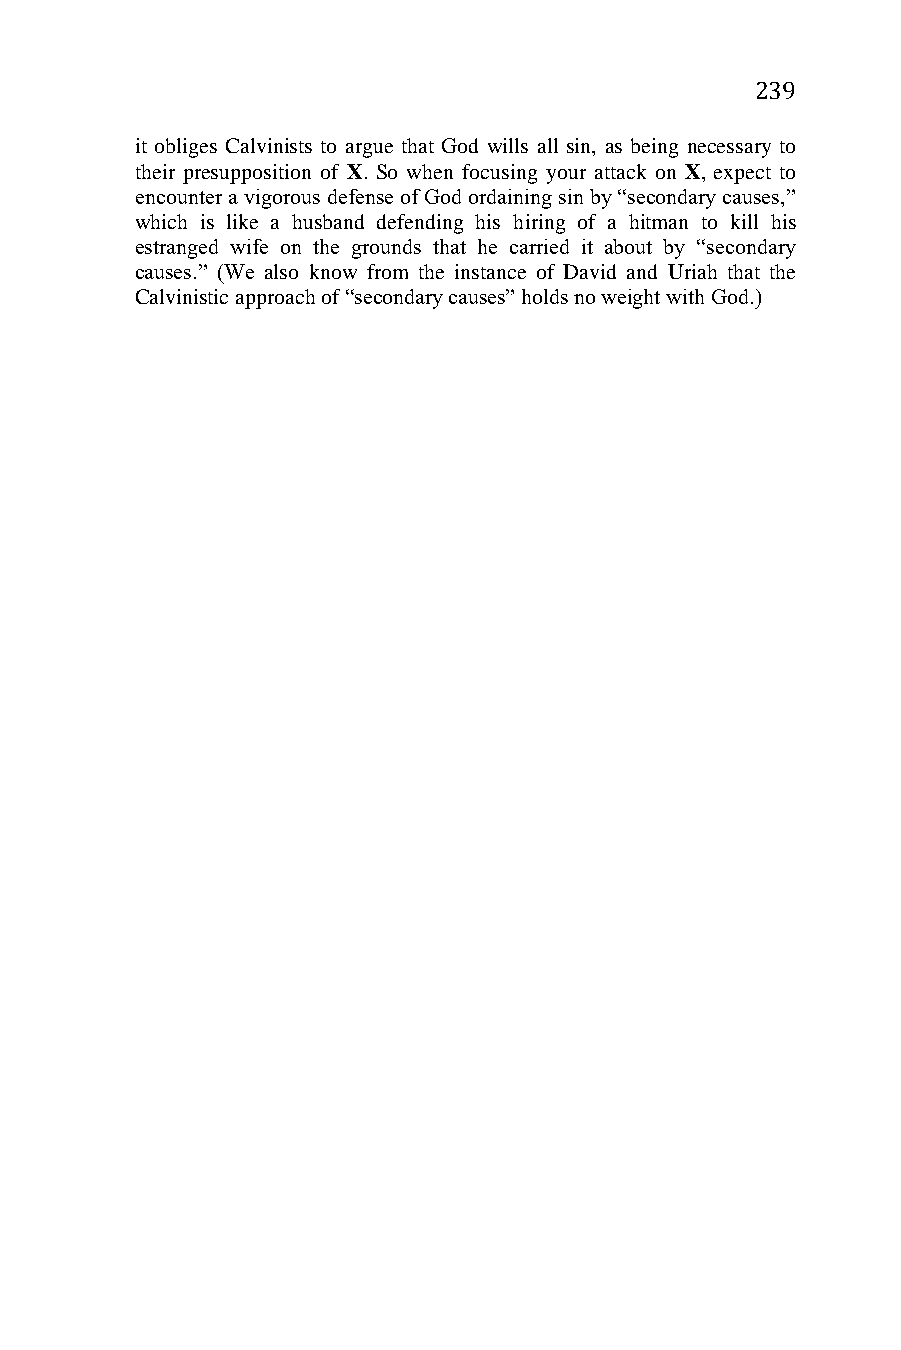
239
 it obliges Calvinists to argue that God wills all sin, as being necessary to
 their presupposition of X. So when focusing your attack on X, expect to
 encounter a vigorous defense of God ordaining sin by “secondary causes,”
 which is like a husband defending his hiring of a hitman to kill his
 estranged wife on the grounds that he carried it about by “secondary
 causes.” (We also know from the instance of David and Uriah that the
 Calvinistic approach of “secondary causes” holds no weight with God.)